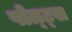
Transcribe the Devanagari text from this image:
पोत्ट्स